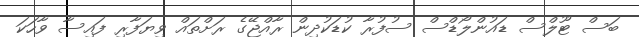
ބަސް ޓޫލްސް ޑައުންލޯޑްސް ސުފުރާ ކުޑަކުދިން ރާއްޖޭގެ ރަށްތައް ވިޔަފާރި ފައިސާ ވާހަކަ